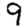
Digit: 9